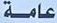
عامة